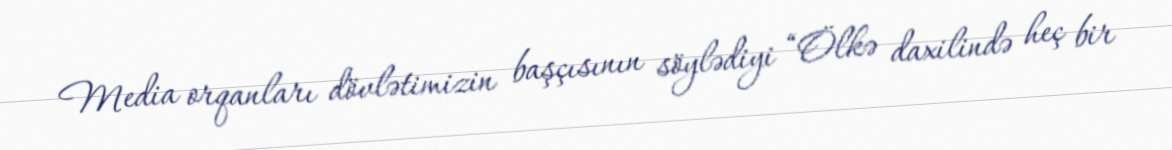
Media orqanları dövlətimizin başçısının söylədiyi “Ölkə daxilində heç bir